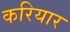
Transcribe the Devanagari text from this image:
करियार